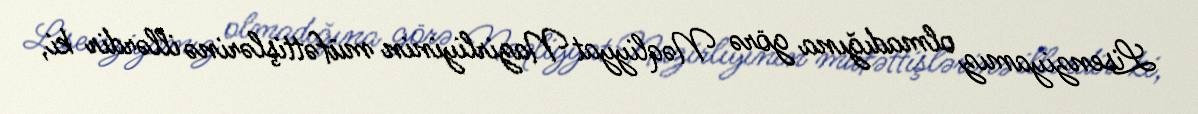
Lisenziyamız olmadığına görə Nəqliyyat Nazirliyinin müfəttişlərinə illərdir ki,